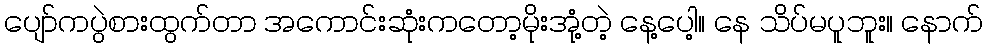
ပျော်ကပွဲစားထွက်တာ အကောင်းဆုံးကတော့မိုးအုံ့တဲ့ နေ့ပေါ့။ နေ သိပ်မပူဘူး။ နောက်